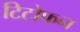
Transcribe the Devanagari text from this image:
टिटोफन